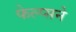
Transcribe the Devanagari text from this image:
फेल्प्सने